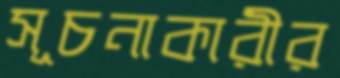
সূচনাকারীর